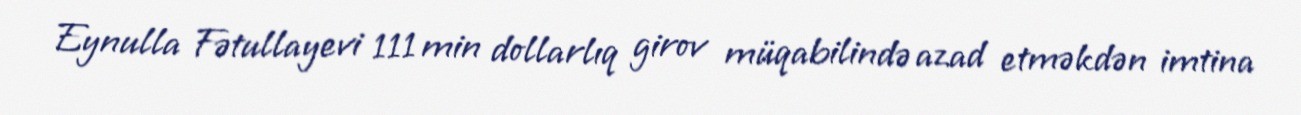
Eynulla Fətullayevi 111 min dollarlıq girov müqabilində azad etməkdən imtina